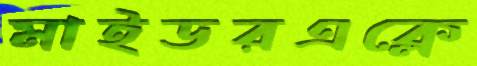
মাইডরএক্লে